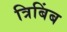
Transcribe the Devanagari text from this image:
त्रिबिंब